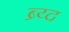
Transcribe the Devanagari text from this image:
ब्र्य्द